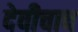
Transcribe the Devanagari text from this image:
देवीचाच